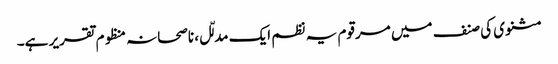
مثنوی کی صنف میں مرقوم یہ نظم ایک مدلّل، ناصحانہ منظوم تقریر ہے۔